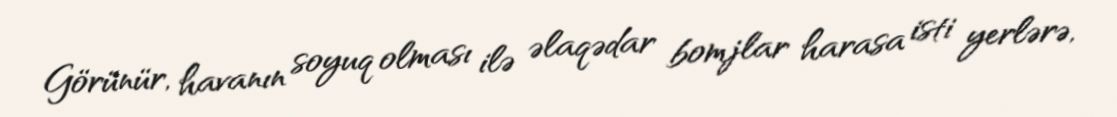
Görünür, havanın soyuq olması ilə əlaqədar bomjlar harasa isti yerlərə,